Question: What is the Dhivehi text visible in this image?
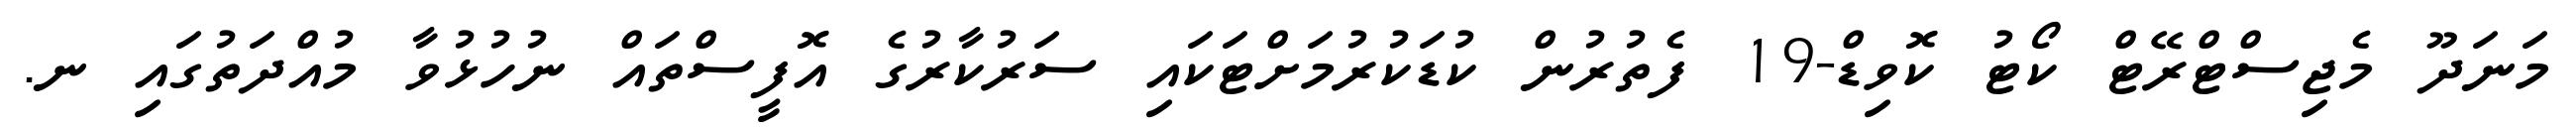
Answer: މަނަދޫ މެޖިސްޓްރޭޓް ކޯޓު ކޮވިޑް-19 ފެތުރުން ކުޑަކުރުމަށްޓަކައި ސަރުކާރުގެ އޮފީސްތައް ނުހުޅުވާ މުއްދަތުގައި ނ.